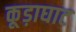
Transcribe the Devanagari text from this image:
कूड़ाघाट